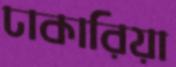
ঢাকারিয়া